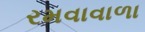
રમવાવાળા